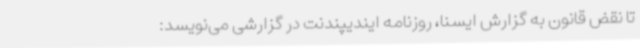
تا نقض قانون به گزارش ایسنا، روزنامه ایندیپندنت در گزارشی می‌نویسد: